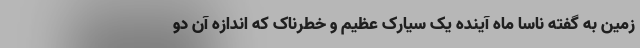
زمین به گفته ناسا ماه آینده یک سیارک عظیم و خطرناک که اندازه آن دو